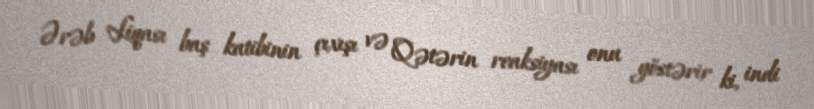
Ərəb Liqası baş katibinin çıxışı və Qətərin reaksiyası onu göstərir ki, indi